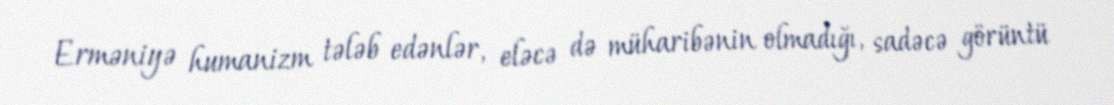
Erməniyə humanizm tələb edənlər, eləcə də müharibənin olmadığı, sadəcə görüntü